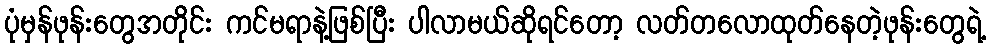
ပုံမှန်ဖုန်းတွေအတိုင်း ကင်မရာနဲ့ဖြစ်ပြီး ပါလာမယ်ဆိုရင်တော့ လတ်တလောထုတ်နေတဲ့ဖုန်းတွေရဲ့